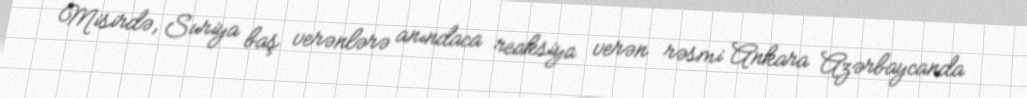
Misirdə, Suriya baş verənlərə anındaca reaksiya verən rəsmi Ankara Azərbaycanda